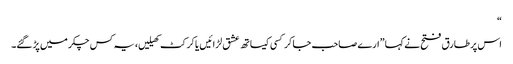
“
اس پر طارق فتح نے کہا ”ارے صاحب جا کر کسی کیساتھ عشق لڑائیں یا کرکٹ کھیلیں، یہ کس چکر میں پڑ گئے۔